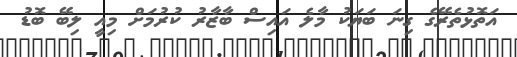
އަތޮޅުތެރޭގެ ގިނަ ބަޔަކު މާލެ އައިސް ބާޒާރު ކުރުމަށް މިއީ ލިބޭ ބޮޑު